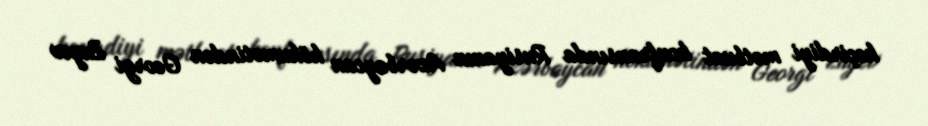
keçirdiyi mətbuat konfransında Rusiyanın Azərbaycan hökumətindən Georgi Zuyev